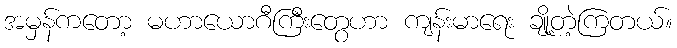
အမှန်ကတော့ မဟာယောဂီကြီးတွေဟာ ကျန်းမာရေး ချို့တဲ့ကြတယ်။